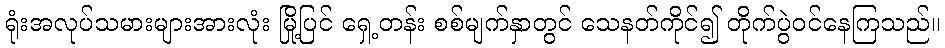
ရုံးအလုပ်သမားများအားလုံး မြို့ပြင် ရှေ့တန်း စစ်မျက်နှာတွင် သေနတ်ကိုင်၍ တိုက်ပွဲဝင်နေကြသည်။